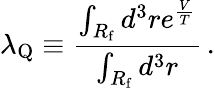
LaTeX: \lambda_{\mathrm{Q}}\equiv\frac{\int_{R_{\mathrm{f}}}d^{3}re^{\frac V{T}}}{\int_{R_{\mathrm{f}}}d^{3}r}\, .